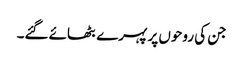
جن کی روحوں پر پہرے بٹھائے گئے۔